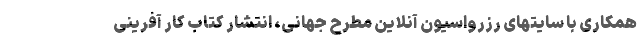
همکاری با سایتهای رزرواسیون آنلاین مطرح جهانی، انتشار کتاب کار آفرینی